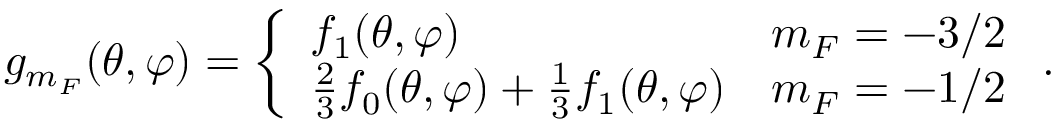
g _ { m _ { F } } ( \theta , \varphi ) = \left\{ \begin{array} { l l } { f _ { 1 } ( \theta , \varphi ) } & { m _ { F } = - 3 / 2 } \\ { \frac { 2 } { 3 } f _ { 0 } ( \theta , \varphi ) + \frac { 1 } { 3 } f _ { 1 } ( \theta , \varphi ) } & { m _ { F } = - 1 / 2 } \end{array} \right. .